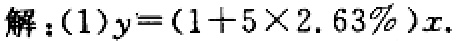
解：(1)$y=(1 + 5\times 2.63\%)x$.